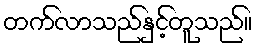
တက်လာသည်နှင့်တူသည်။